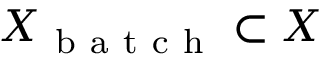
X _ { \mathrm { ~ b ~ a ~ t ~ c ~ h ~ } } \subset X